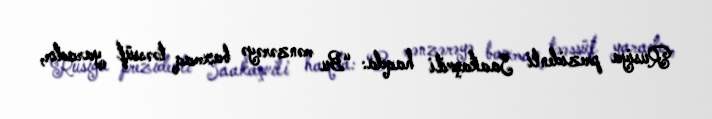
Rusiya prezidenti Saakaşvili haqda: “Bu mənzərəyə baxmaq təəssüf yaradır,